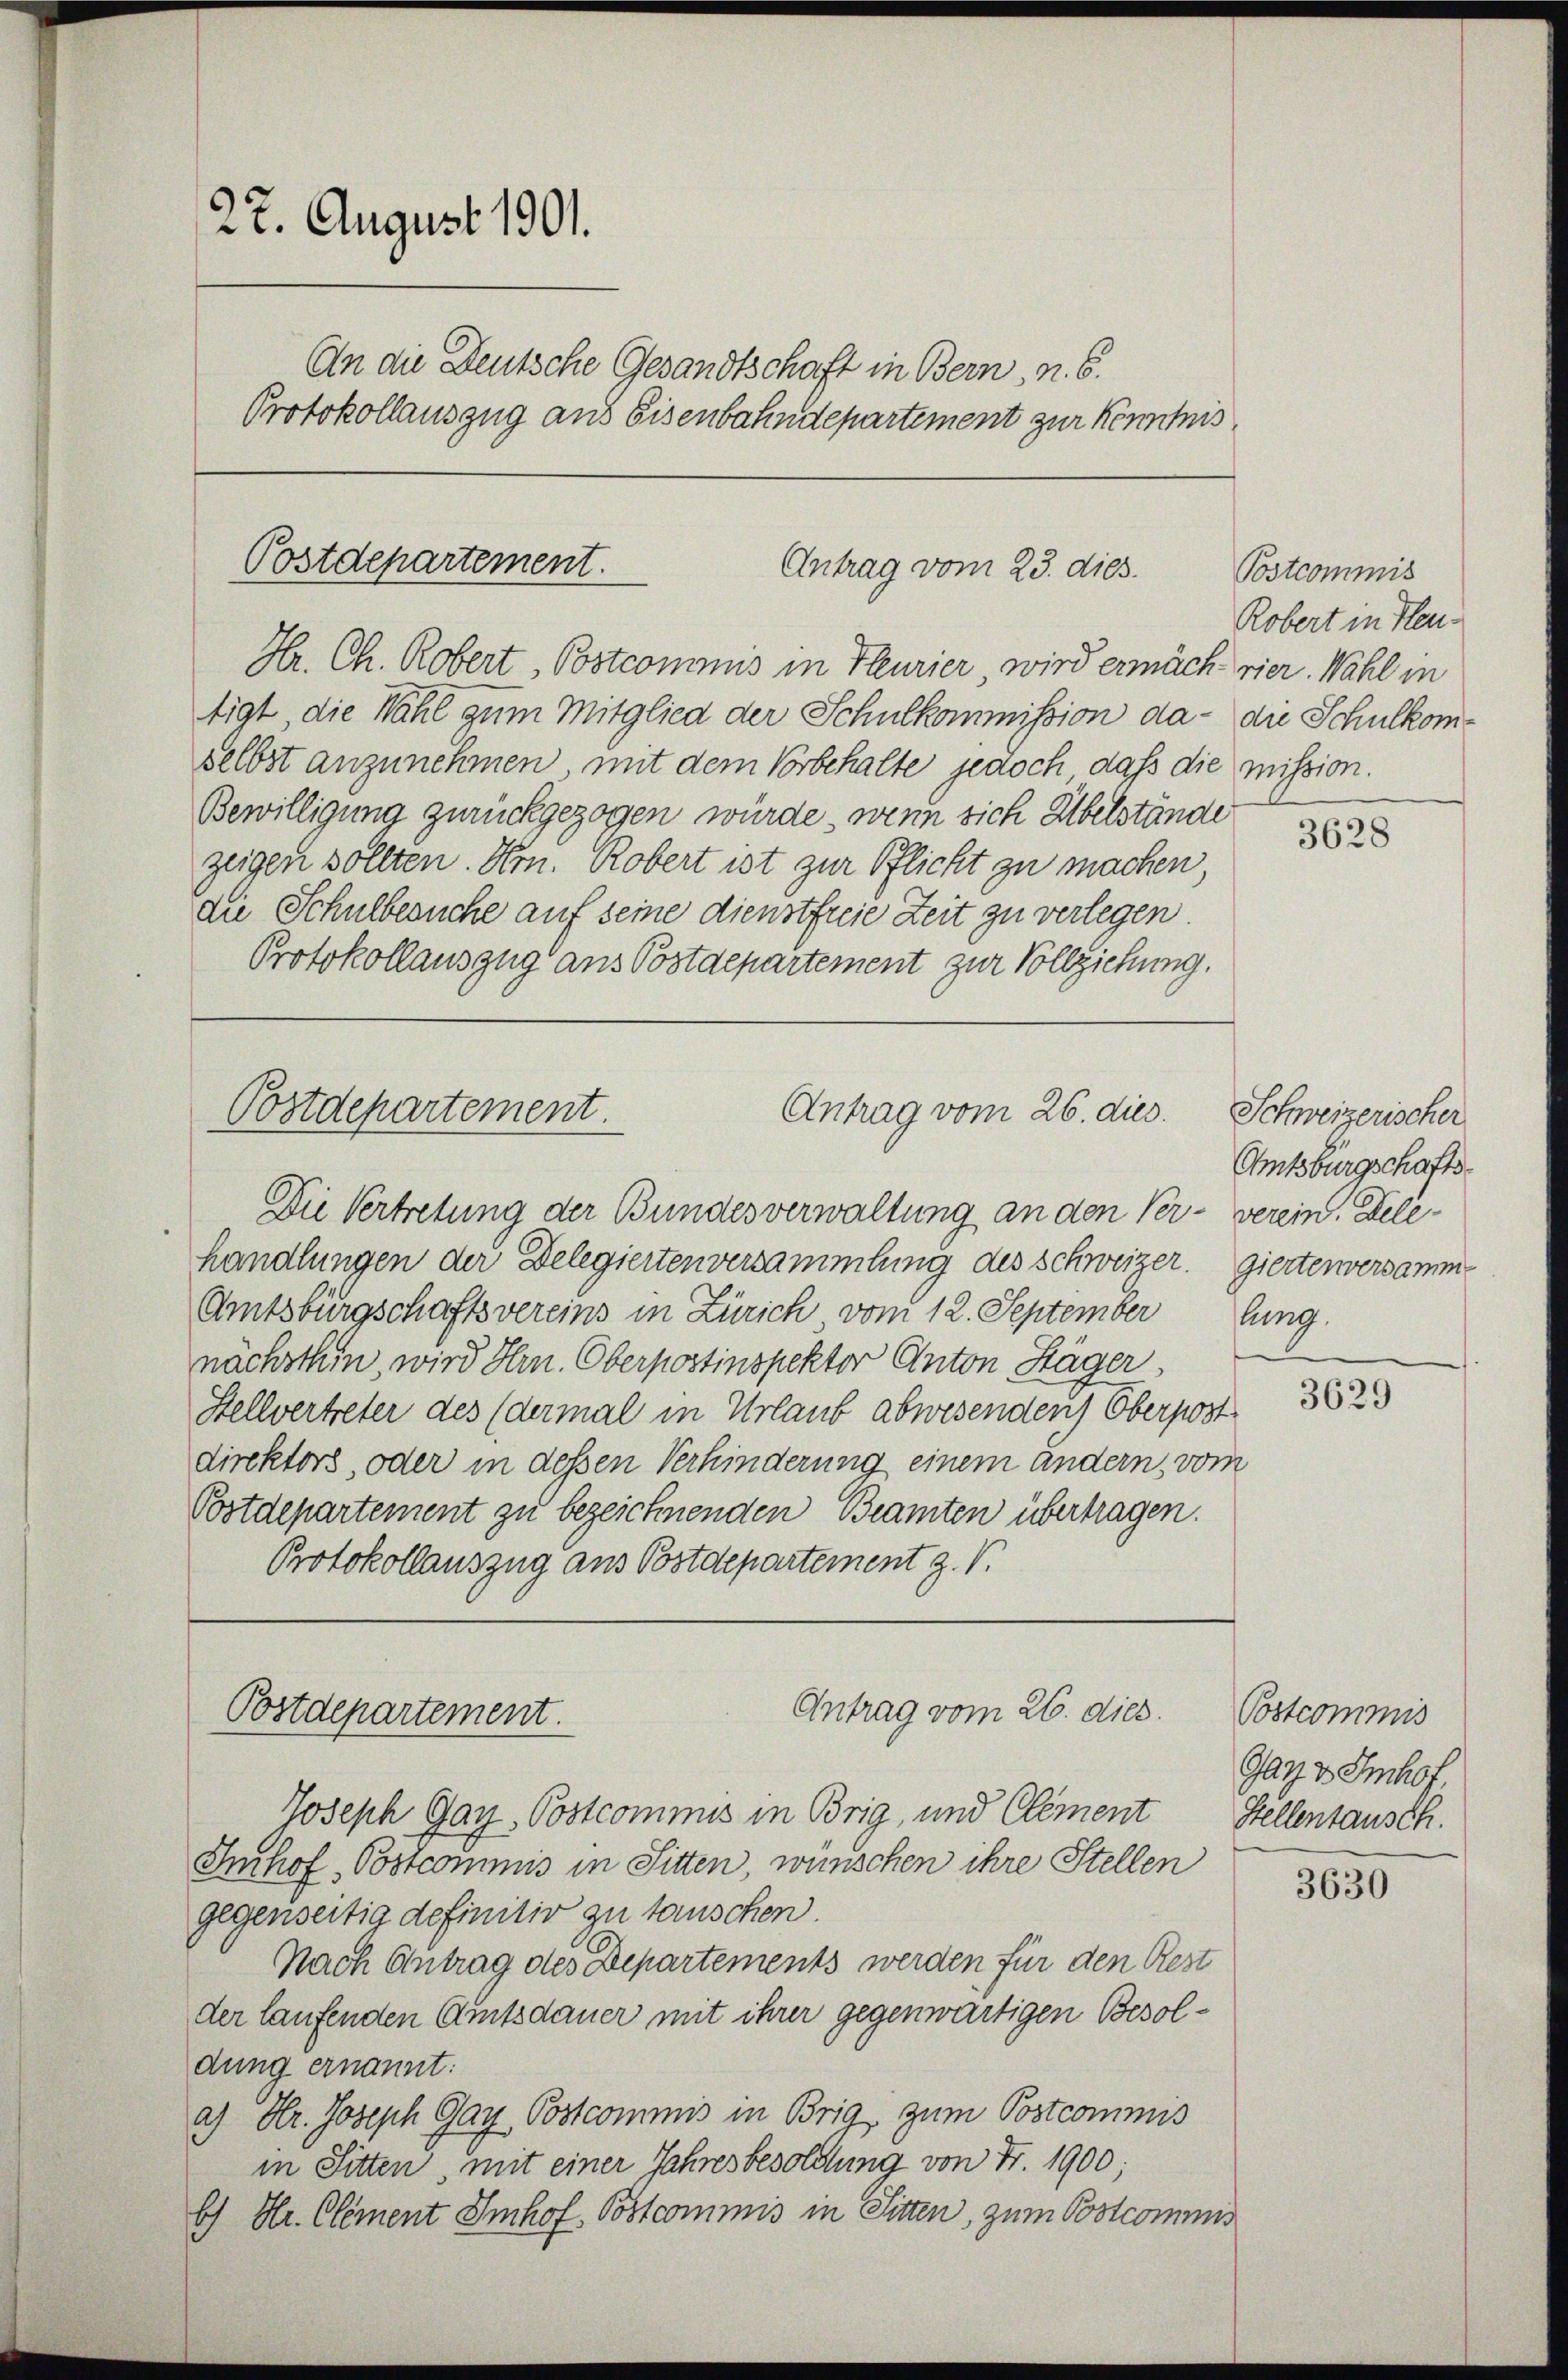
27. August 1901.
An die Deutsche Gesandtschaft in Bern, n. 6.
Protokollauszug aus Eisenbahndepartement zur Kenntnis

Postdepartement.
Antrag vom 23. dies.
Hr. Ch. Robert, Postcommis in Flurier wird ermäch vier. Wahl in

Postdepartement.
Antrag vom 26. dies
Die Vertretung der Bundesverwaltung an den Ver- verein. Dele¬

handlungen der Delegiertenversammlung des Schweizer. Giertenversamme
Amtsburgschaftsvereins in Zürich vom 12. September
nächsthin, wird Hrn. Oberpostinspektor Anton Häger
Stellvertreter des (dermal in Urlaub abwesenden Oberpost
direktors, oder in dessen Verhinderung einem andern, vom
Postdepartement zu bezeichnenden Beamten übertragen.
Protokollauszug aus Postdepartement z. V.

Antrag vom 26. dies
Postdepartement.

tigt die Wahl zum Mitglied der Schulkommission da- die Schulkomselbst anzunehmen mit dem Vorbehalte jedoch dass die mission.
Bewilligung zurückgezogen würde, wenn sich Übelstände
zeigen sollten. Hrn. Robert ist zur Pflicht zu machen,
die Schulbesuche auf seine dienstfreie Zeit zu verlegen.
Protokollauszug aus Postdepartement zur Vollziehung.

Joseph Gay, Postcommis in Brig, und Clement
Imhof, Postcommis in Sitten, wünschen ihre Stellen
gegenseitig definitiv zu tauschen.
Nach Antrag des Departements werden für den Rest
der laufenden Amtsdauer mit ihrer gegenwärtigen Besoldung ernannt:
a) Hr. Joseph Gay Postcommis in Brig, zum Postcommis
in Sitten, mit einer Jahresbesoldung von Fr. 1900;
b) Hr. Clement Imhof. Postcommis in Sitten, zum Postcommis

Postcommis
Robert in Heu¬

3628

Schweizerischer
Amtsburgschafts-
lung.

3629

Postcommis
Gay v. Imhof.
Stellentausch.

3630